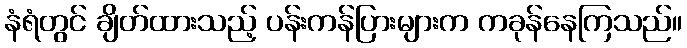
နံရံတွင် ချိတ်ထားသည့် ပန်းကန်ပြားများက ကခုန်နေကြသည်။